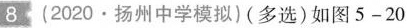
8(2020·扬州中学模拟)(多选)如图5-20